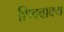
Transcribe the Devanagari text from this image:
शिववाक्य